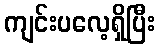
ကျင်းပလေ့ရှိပြီး